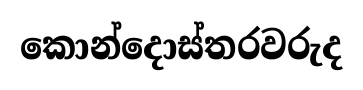
කොන්දොස්තරවරුද